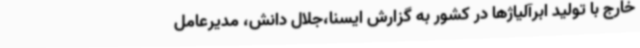
خارج با تولید ابرآلیاژها در کشور به گزارش ایسنا،جلال دانش، مدیرعامل